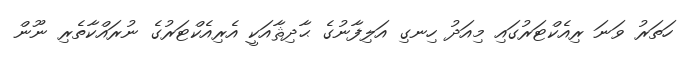
ހަތަރު ވަނަ ރިއެކްޓަރުގައި މިއަދު ހިނގި އަލިފާނުގެ ޙާދިޘާއަކީ އެރިއެކްޓަރުގެ ނުރައްކާތެރި ނޫން